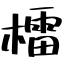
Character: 檑